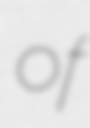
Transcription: of